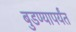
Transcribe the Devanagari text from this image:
बुडण्यापर्यंत